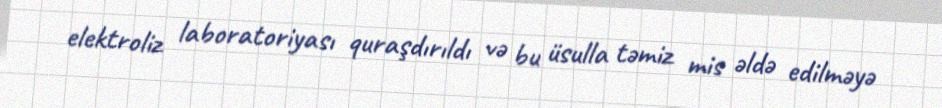
elektroliz laboratoriyası quraşdırıldı və bu üsulla təmiz mis əldə edilməyə